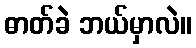
ဓာတ်ခဲ ဘယ်မှာလဲ။